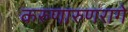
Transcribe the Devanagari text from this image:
करुणारुणरागे